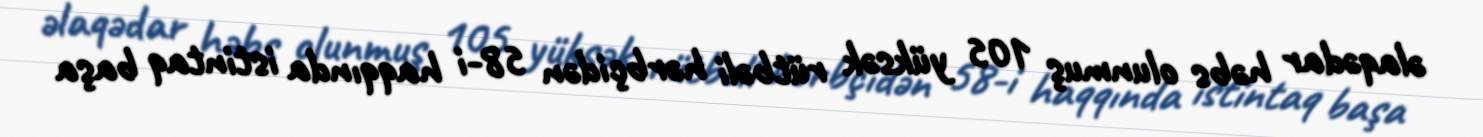
əlaqədar həbs olunmuş 105 yüksək rütbəli hərbçidən 58-i haqqında istintaq başa